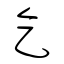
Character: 乞